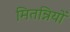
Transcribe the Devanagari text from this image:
मितन्नियों